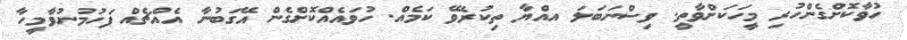
ހުވާކޮށްގެންހުރި މީހަކަށްވާތީ. ވިސްނަބަލަ އއްޔާ ތިކުރެވޭ ކަމެއް. ހުވައެއްކޮށްގެން އޭގަބުނާ އެއްޗެއް ފަހުމުނުވާމީހާ